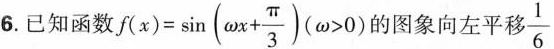
6.已知函数 $$f(x)= \sin(\omega x+ \frac{\pi}{3})(\omega >0)$$ 的图象向左平移 \frac{1}{6}